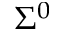
\Sigma ^ { 0 }